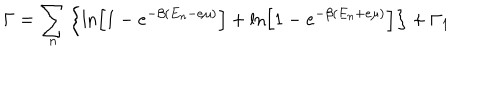
\Gamma = \sum _ { n } \left\{ \ln \left[ 1 - e ^ { - \beta ( E _ { n } - e \mu ) } \right] + \ln \left[ 1 - e ^ { - \beta ( E _ { n } + e \mu ) } \right] \right\} + \Gamma _ { 1 }